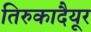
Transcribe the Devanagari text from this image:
तिरुकादैयूर